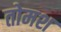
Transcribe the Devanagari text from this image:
तोमश